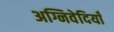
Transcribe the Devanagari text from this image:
अग्निवेदियाँ